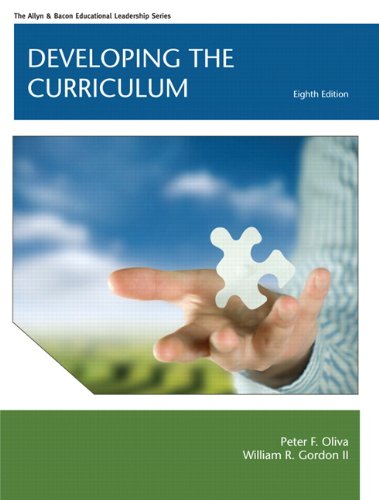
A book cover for Developing the Curriculum (8th Edition) (Allyn & Bacon Educational Leadership); Peter F. Oliva; Education & Teaching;